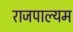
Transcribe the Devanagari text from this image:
राजपाल्यम